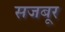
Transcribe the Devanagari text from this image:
सजबूर